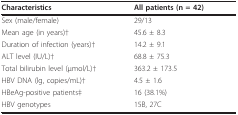
| Characteristics | All patients (n = 42) |
 | --- | --- |
 | Sex (male/female) | 29/13 |
 | Mean age (in years)† | 45.6 ± 8.3 |
 | Duration of infection (years)† | 14.2 ± 9.1 |
 | ALT level (IU/L)† | 68.8 ± 75.3 |
 | Total bilirubin level (μmol/L)† | 363.2 ± 173.5 |
 | HBV DNA (lg, copies/mL)† | 4.5 ± 1.6 |
 | HBeAg-positive patients‡ | 16 (38.1%) |
 | HBV genotypes | 15B, 27C |